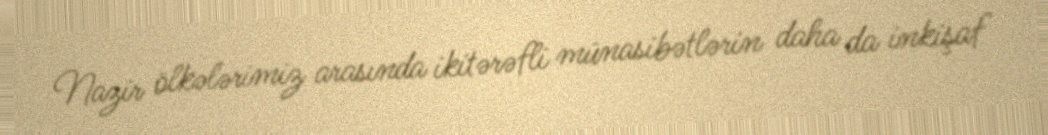
Nazir ölkələrimiz arasında ikitərəfli münasibətlərin daha da inkişaf